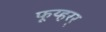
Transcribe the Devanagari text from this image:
फूय्हरर्